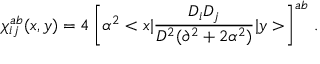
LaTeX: \chi _ { i j } ^ { a b } ( x , y ) = 4 \left[ \alpha ^ { 2 } < x | \frac { D _ { i } D _ { j } } { D ^ { 2 } ( \partial ^ { 2 } + 2 \alpha ^ { 2 } ) } | y > \right] ^ { a b } \, .